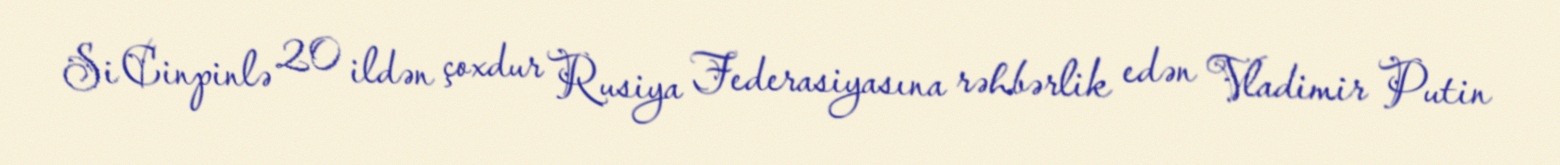
Si Cinpinlə 20 ildən çoxdur Rusiya Federasiyasına rəhbərlik edən Vladimir Putin